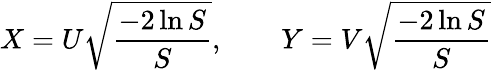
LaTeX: X=U{\sqrt{\frac{-2\ln S}{S}}},\qquad Y=V{\sqrt{\frac{-2\ln S}{S}}}